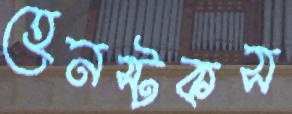
হেনস্টকস